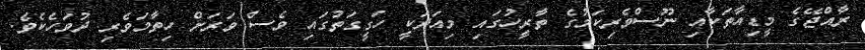
ރާއްޖޭގެ މީޑިއާތަކާއި ނޫސްވެރިކަމުގެ ތާރީހުގައި މިއަދަކީ ހަގީގަތުގައި ވެސް ވަރަށް ހިތާމަވެރި ދުވަހެކެވެ.